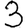
Digit: 3